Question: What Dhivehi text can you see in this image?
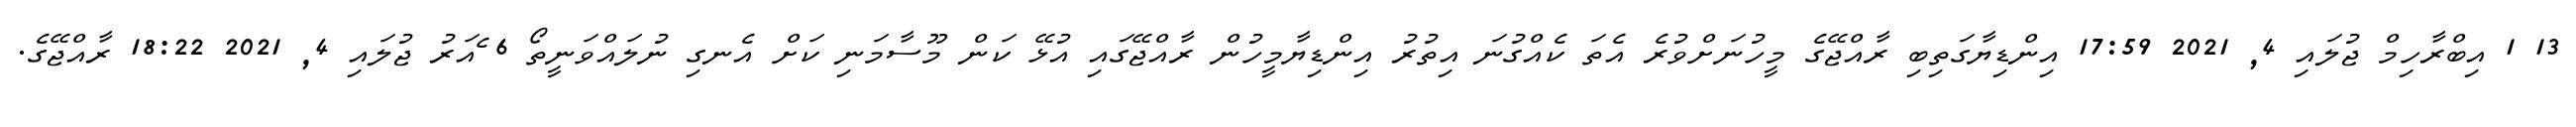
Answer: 13 1 އިބްރާހިމް ޖުލައި 4, 2021 17:59 އިންޑިޔާގަތިބި ރާއްޖޭގެ މީހުނަށްވުރެ އެތަ ކެއްގުނަ އިތުރު އިންޑިޔާމީހުން ރާއްޖޭގައި އުޅޭ ކަން މޫސާމަނި ކަށް އެނގި ނުލައްވަނީތޯ 6 ެއަރު ޖުލައި 4, 2021 18:22 ރާއްޖޭގެ.